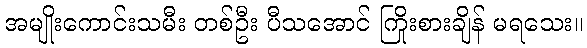
အမျိုးကောင်းသမီး တစ်ဦး ပီသအောင် ကြိုးစားချိန် မရသေး။